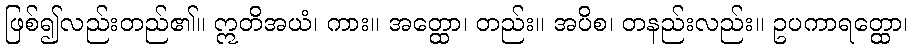
ဖြစ်၍လည်းတည်၏။ ဣတိအယံ၊ ကား။ အတ္ထော၊ တည်း။ အပိစ၊ တနည်းလည်း။ ဥပကာရတ္ထော၊